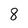
Character: 8